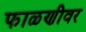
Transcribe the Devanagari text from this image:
फाळणीवर